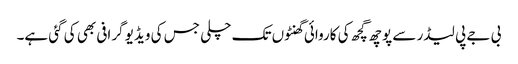
بی جے پی لیڈر سے پوچھ گچھ کی کاروائی گھنٹوں تک چلی جس کی ویڈیو گرافی بھی کی گئی ہے۔